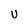
Character: U